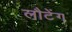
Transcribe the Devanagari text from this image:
लौटेंग